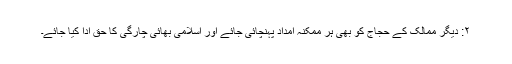
۲: دیگر ممالک کے حجاج کو بھی ہر ممکنہ امداد پہنچائی جائے اور اسلامی بھائی چارگی کا حق ادا کیا جائے۔